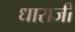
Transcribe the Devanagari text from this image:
धाराजी